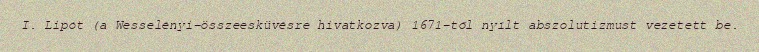
I. Lipót (a Wesselényi-összeesküvésre hivatkozva) 1671-től nyílt abszolutizmust vezetett be.